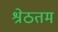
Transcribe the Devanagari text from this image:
श्रेठतम